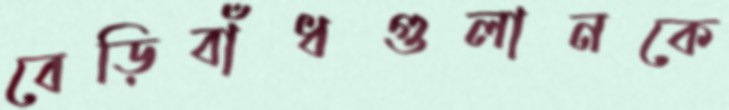
বেড়িবাঁধগুলানকে